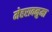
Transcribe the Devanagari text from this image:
मेहरावनुमा